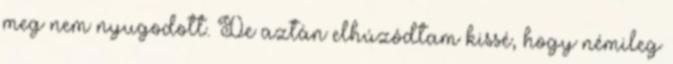
meg nem nyugodott. De aztán elhúzódtam kissé, hogy némileg